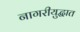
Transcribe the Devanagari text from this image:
नागरीयुद्धात